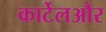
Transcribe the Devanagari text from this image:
कार्टेलऔर